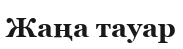
Жаңа тауар